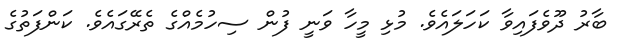
ބާރު ދޫވެފައިވާ ކަހަލައެވެ. މުޅި މީހާ ވަނީ ފުން ސިހުމެއްގެ ތެރޭގައެވެ. ކަންފަތުގެ